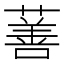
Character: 𬞗